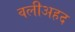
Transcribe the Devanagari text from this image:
वलीअहद